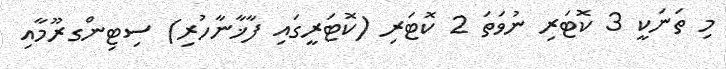
މި ތަނަކީ 3 ކޮޓަރި ނުވަތަ 2 ކޮޓަރި (ކޮޓަރީގައި ފާޚާނާހުރި) ސިޓިންގރޫމާއި